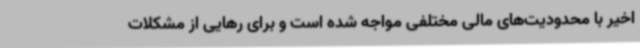
اخیر با محدودیت‌های مالی مختلفی مواجه شده است و برای رهایی از مشکلات